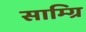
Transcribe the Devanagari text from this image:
साम्ग्रि